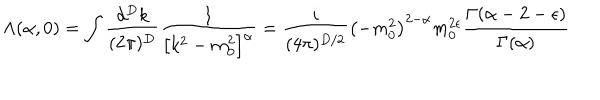
LaTeX: \Lambda ( \alpha , 0 ) = \int \frac { d ^ { D } k } { ( 2 \pi ) ^ { D } } \frac { 1 } { \left[ k ^ { 2 } - m _ { 0 } ^ { 2 } \right] ^ { \alpha } } = \frac { i } { ( 4 \pi ) ^ { D / 2 } } \left( - m _ { 0 } ^ { 2 } \right) ^ { 2 - \alpha } m _ { 0 } ^ { 2 \epsilon } \frac { \Gamma ( \alpha - 2 - \epsilon ) } { \Gamma ( \alpha ) }